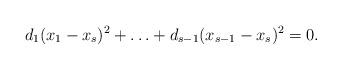
LaTeX: \begin{align*} d_1(x_1-x_s)^2 + \ldots + d_{s-1}(x_{s-1}-x_s)^2 = 0.\end{align*}